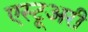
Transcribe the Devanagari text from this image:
एस्टूअरी